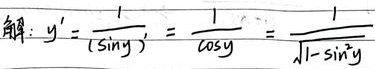
解：\(y'=\frac{1}{(\sin y)'} = \frac{1}{\cos y}=\frac{1}{\sqrt{1 - \sin^{2}y}}\)